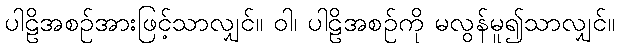
ပါဠိအစဉ်အားဖြင့်သာလျှင်။ ဝါ၊ ပါဠိအစဉ်ကို မလွန်မူ၍သာလျှင်။